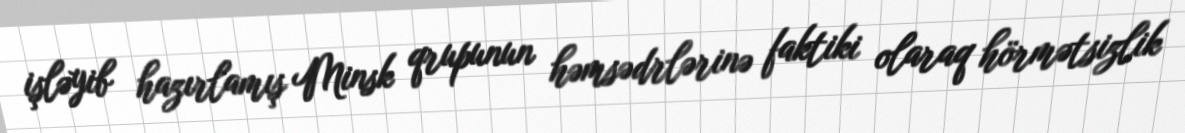
işləyib hazırlamış Minsk qrupunun həmsədrlərinə faktiki olaraq hörmətsizlik